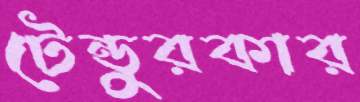
টেন্ডুরকার